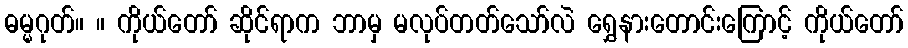
ဓမ္မဂုတ်။ ။ ကိုယ်တော် ဆိုင်ရာက ဘာမှ မလုပ်တတ်သော်လဲ ရွှေနားတောင်းကြောင့် ကိုယ်တော်